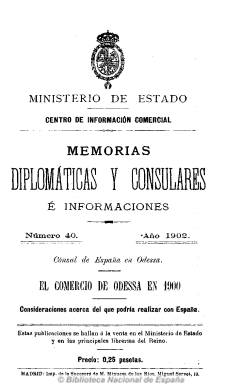
Título: Memorias diplomáticas y consulares e informaciones
Otros títulos: Memorias diplomáticas y consulares
Colección: Relaciones internacionales
Ámbito geográfico: Madrid
Lugar de publicación: Madrid
Fechas: 01/01/1902-31/12/1922

Publicación oficial editada por el Centro de Información Comercial del Ministerio del Estado a partir de 1902, y que continúa la secuencia de la que venía editando desde 1900 con el título Memorias consulares e informaciones, y que también se puede consultar en esta Hemeroteca Digital. Tiene la misma estructura que su antecesora, y su paginación es también variada, entre la decena y el medio centenar de páginas por cada entrega, carente de ilustraciones

Contienen principalmente las memorias enviadas por representantes consulares de las legaciones diplomáticas españolas en el extranjero, relativas al comercio exterior e interior de los numerosos países en las que se encuentran ubicadas, con datos y estadísticas de los diferentes productos manufacturados. También inserta alguna publicidad comercial.